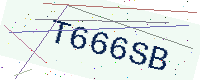
Text: T666SB